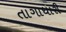
તાગાધારી